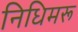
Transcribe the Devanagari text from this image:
निधिमरू